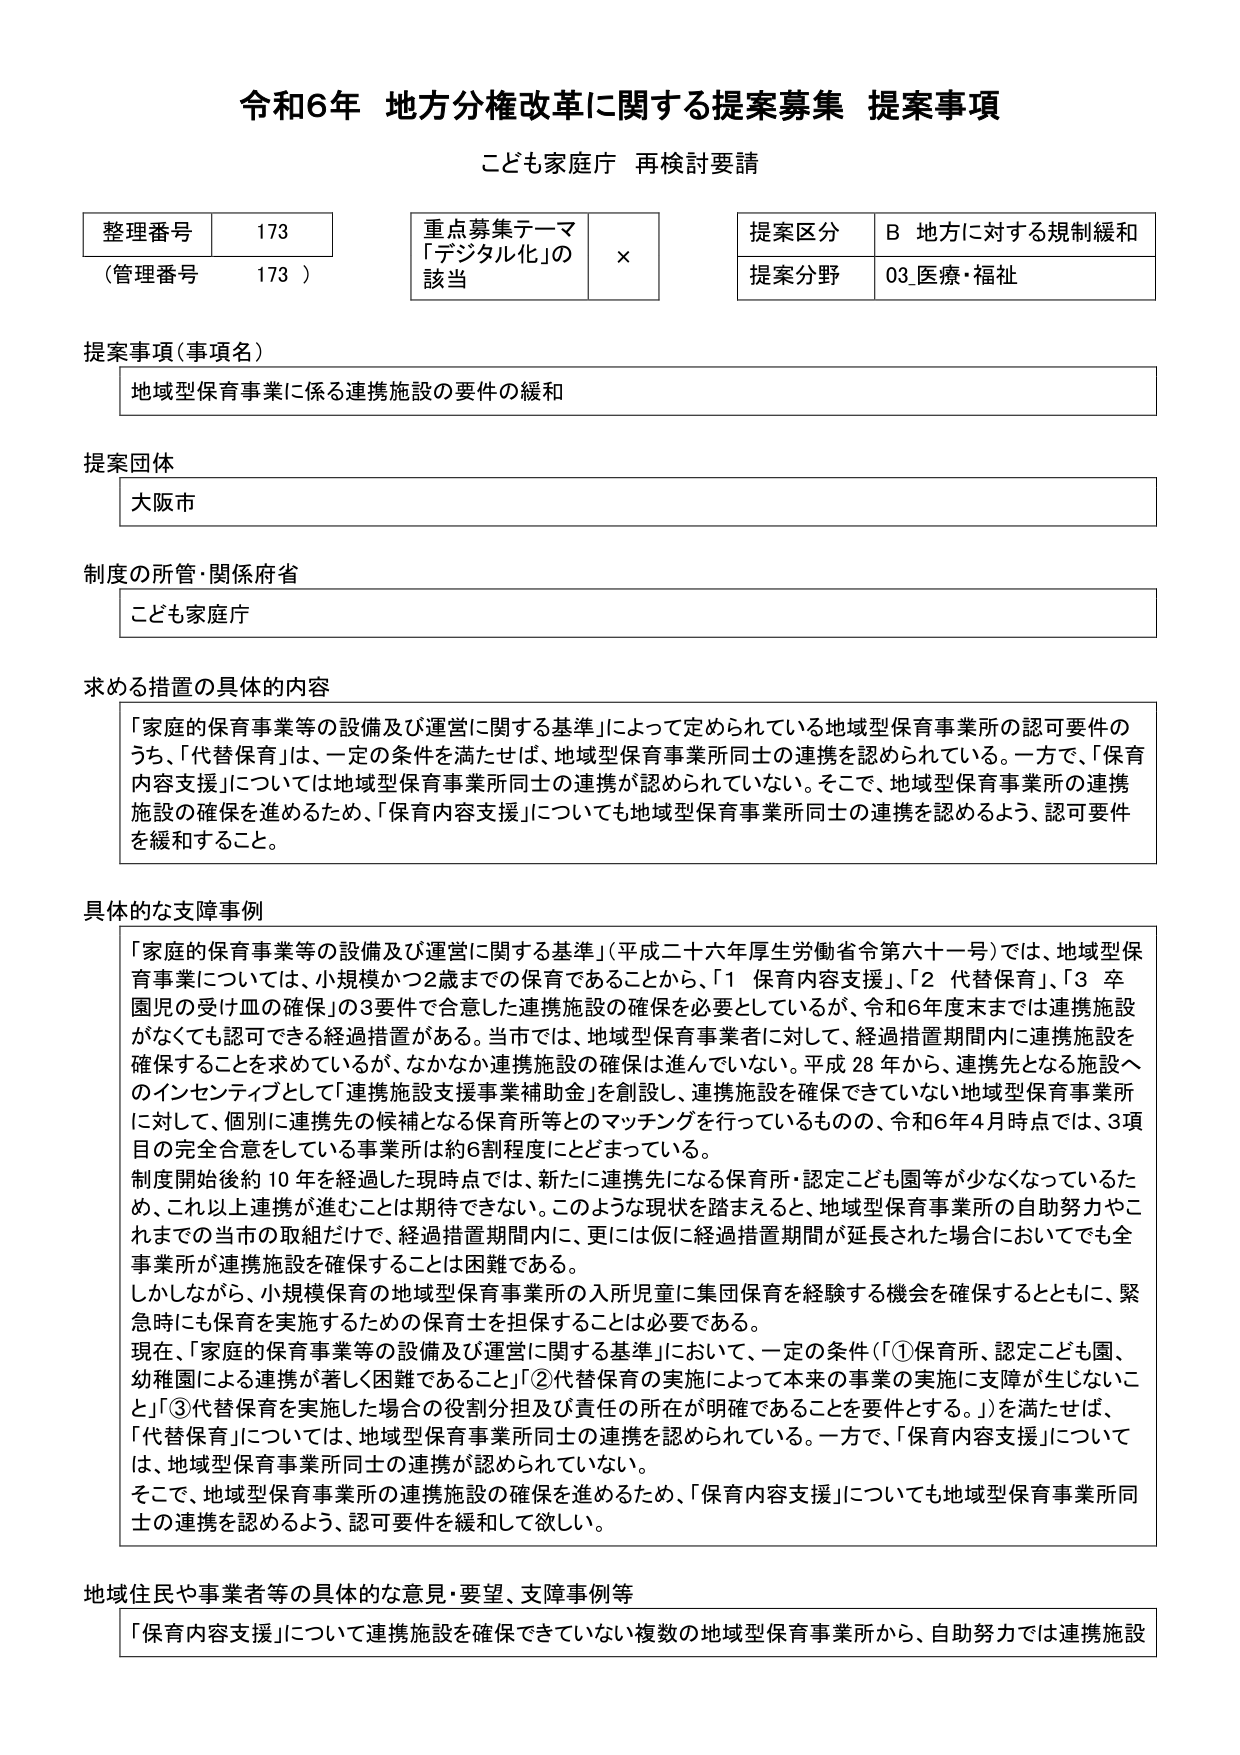
令和6年 地方分権改革に関する提案募集 提案事項
こども家庭庁 再検討要請

整理番号 173
（管理番号 173）

重点募集テーマ
「デジタル化」の
該当 ×

提案区分 B 地方に対する規制緩和
提案分野 03 医療・福祉

提案事項（事項名）
地域型保育事業に係る連携施設の要件の緩和

提案団体
大阪市

制度の所管・関係府省
こども家庭庁

求める措置の具体的内容
「家庭の保育事業等の設備及び運営に関する基準」によって定められている地域型保育事業所の認可要件のうち、「代替保育」は、一定の条件を満たせば、地域型保育事業所同士の連携を認められている。一方で、「保育内容支援」については地域型保育事業所同士の連携が認められていない。そこで、地域型保育事業所の連携施設の確保を進めるため、「保育内容支援」についても地域型保育事業所同士の連携を認めるよう、認可要件を緩和すること。

具体的な支障事例
「家庭の保育事業等の設備及び運営に関する基準」（平成二十六年厚生労働省令第六十一号）では、地域型保育事業については、小規模かつ2歳までの保育であることから、「1 保育内容支援」、「2 代替保育」、「3 卒園児の受け皿の確保」の3要件で合意した連携施設の確保を必要としているが、令和6年度末までは連携施設がなくても認可できる経過措置がある。当市では、地域型保育事業者に対して、経過措置期間内に連携施設を確保することを求めているが、なかなか連携施設の確保は進んでいない。平成28年から、連携先となる施設へのインセンティブとして「連携施設支援事業補助金」を創設し、連携施設を確保できていない地域型保育事業所に対して、個別に連携先の候補となる保育所等とのマッチングを行っているものの、令和6年4月時点では、3項目の完全合意をしている事業所は約6割程度にとどまっている。
制度開始後約10年を経過した現時点では、新たに連携先になる保育所・認定こども園等が少なくなっているため、これ以上連携が進むことは期待できない。このような現状を踏まえると、地域型保育事業所の自助努力やこれまでの当市の取組だけでなく、経過措置期間内に、更には仮に経過措置期間が延長された場合においてでも全事業所が連携施設を確保することは困難である。
しかしながら、小規模保育の地域型保育事業所の入所児童に集団保育を経験する機会を確保するとともに、緊急時にも保育を実施するための保育士を担保することは必要である。
現在、「家庭の保育事業等の設備及び運営に関する基準」において、一定の条件（「①保育所、認定こども園、幼稚園による連携が著しく困難であること」「②代替保育の実施によって本来の事業の実施に支障が生じないこと」「③代替保育を実施した場合の役割分担及び責任の所在が明確であることを要件とする。」）を満たせば、「代替保育」については、地域型保育事業所同士の連携を認められている。一方で、「保育内容支援」については、地域型保育事業所同士の連携が認められていない。
そこで、地域型保育事業所の連携施設の確保を進めるため、「保育内容支援」についても地域型保育事業所同士の連携を認めるよう、認可要件を緩和して欲しい。

地域住民や事業者等の具体的な意見・要望、支障事例等
「保育内容支援」について連携施設を確保できていない複数の地域型保育事業所から、自助努力では連携施設